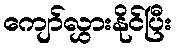
ကျော်လွှားနိုင်ပြီး